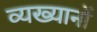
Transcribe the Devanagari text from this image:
व्यख्यानों